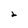
Character: 2